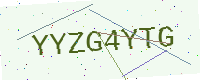
Text: YYZG4YTG